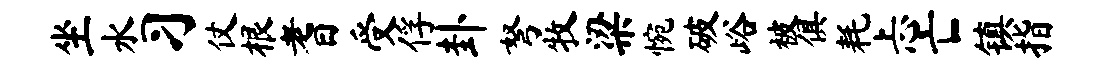
坐水习仗根耆受俘卦弩牧梁惋破峪被俱耗忐亡镇指